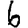
Digit: 6